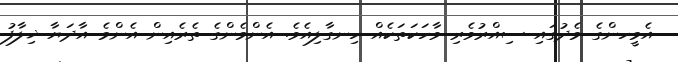
އެމީހންގެ މެދުގައި ސިއްރުވެރި ވާހަކަތަކެއް ހިނގާލިއެވެ. އެންމެންގެ ތެރެއިން އެންމެ އާދަޔާ ޚިލާފު